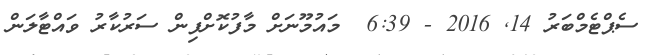
ސެޕްޓެމްބަރު 14